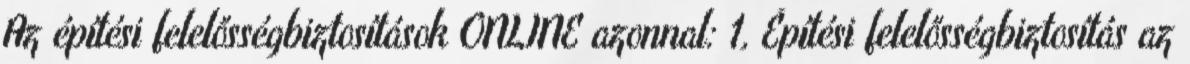
Az építési felelősségbiztosítások ONLINE azonnal: 1, Építési felelősségbiztosítás az